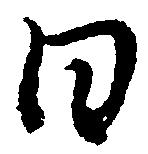
日